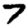
Digit: 7